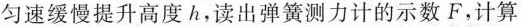
匀速缓慢提升高度h，读出弹簧测力计的示数F，计算